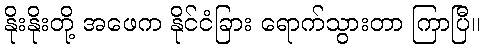
နိုးနိုးတို့ အဖေက နိုင်ငံခြား ရောက်သွားတာ ကြာပြီ။